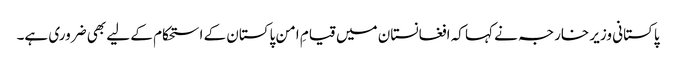
پاکستانی وزیر خارجہ نے کہا کہ افغانستان میں قیامِ امن پاکستان کے استحکام کے لیے بھی ضروری ہے۔